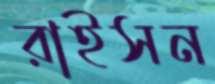
রাইসন